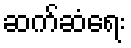
ဆက်ဆံရေး